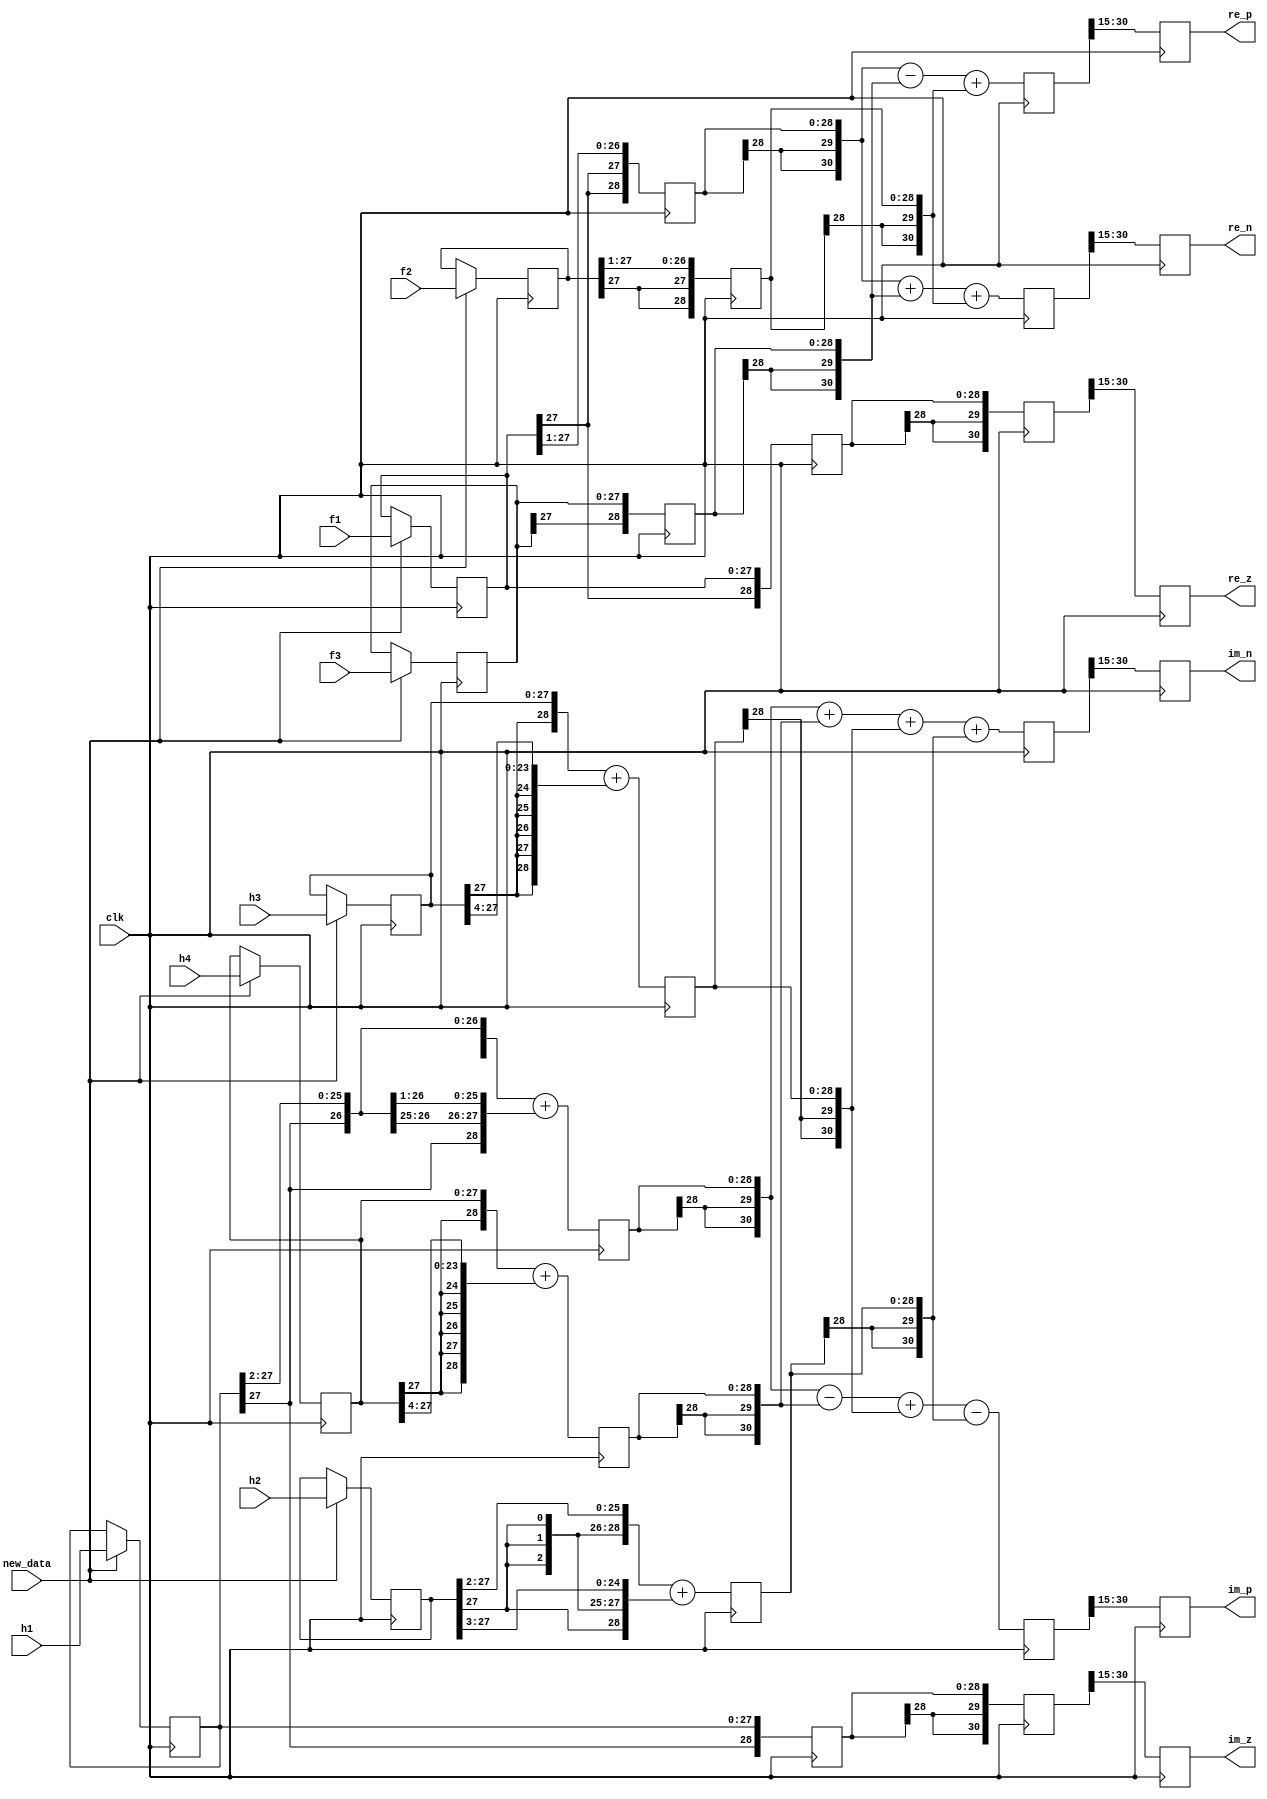
	`define WIDTH_4B 4'b1000
`define COEF0_b  29
	`define COEF1_b  101
//	`define COEF2_b  -15
//	`define COEF3_b  -235
//	`define COEF4_b  -15
	`define COEF2_b  15
	`define COEF3_b  235
	`define COEF4_b  15
	`define COEF5_b  101
	`define COEF6_b  29
	`define WIDTH_5B 5'b10000
	`define COEF0_c  4
	`define COEF1_c  42
	`define COEF2_c  163
	`define COEF3_c  255
	`define COEF4_c  163
	`define COEF5_c  42
	`define COEF6_c  4
//	`define COEF0_d  -12
//	`define COEF1_d  -77
//	`define COEF2_d  -148
	`define COEF0_d  12
	`define COEF1_d  77
	`define COEF2_d  148
	`define COEF3_d  0
	`define COEF4_d  148
	`define COEF5_d  77
	`define COEF6_d  12
	`define COEF0_1  15
//`define COEF0_1  -15
	`define COEF1_1  25
	`define COEF2_1  193
	`define COEF3_1  0
//	`define COEF4_1  -193
//	`define COEF5_1  -25
	`define COEF4_1  193
	`define COEF5_1  25
	`define COEF6_1  15
	`define COEF0_2  4
	`define COEF1_2  42
	`define COEF2_2  163
	`define COEF3_2  255
	`define COEF4_2  163
	`define COEF5_2  42
	`define COEF6_2  4
//	`define COEF0_3  -9
//	`define COEF1_3  -56
//	`define COEF2_3  -109
	`define COEF0_3  9
	`define COEF1_3  56
	`define COEF2_3  109
	`define COEF3_3  0
	`define COEF4_3  109
	`define COEF5_3  56
	`define COEF6_3  9
//	`define COEF0_4  -9
//	`define COEF1_4  -56
//	`define COEF2_4  -109
	`define COEF0_4  9
	`define COEF1_4  56
	`define COEF2_4  109
	`define COEF3_4  0
	`define COEF4_4  109
	`define COEF5_4  56
	`define COEF6_4  9

module steer_fltr (clk, new_data, f1, f2, f3, h1, h2, h3, h4, re_z, im_z, re_p, im_p, re_n, im_n);

   input clk; 
   input new_data; 
   input[27:0] f1; 
   input[27:0] f2; 
   input[27:0] f3; 
   input[27:0] h1; 
   input[27:0] h2; 
   input[27:0] h3; 
   input[27:0] h4; 
   output[15:0] re_z; 
   reg[15:0] re_z;
   output[15:0] im_z; 
   reg[15:0] im_z;
   output[15:0] re_p; 
   reg[15:0] re_p;
   output[15:0] im_p; 
   reg[15:0] im_p;
   output[15:0] re_n; 
   reg[15:0] re_n;
   output[15:0] im_n; 
   reg[15:0] im_n;

   reg[27:0] f1_reg; 
   reg[27:0] f2_reg; 
   reg[27:0] f3_reg; 
   reg[27:0] h1_reg; 
   reg[27:0] h2_reg; 
   reg[27:0] h3_reg; 
   reg[27:0] h4_reg; 
   reg[28:0] re_z_tmp_1; 
   reg[28:0] im_z_tmp_1; 
   reg[28:0] re_p_tmp_1; 
   reg[28:0] re_p_tmp_2; 
   reg[28:0] re_p_tmp_3; 
   reg[28:0] im_p_tmp_1; 
   reg[28:0] im_p_tmp_2; 
   reg[28:0] im_p_tmp_3; 
   reg[28:0] im_p_tmp_4; 
   reg[30:0] re_z_tmp; 
   reg[30:0] im_z_tmp; 
   reg[30:0] re_p_tmp; 
   reg[30:0] im_p_tmp; 
   reg[30:0] re_n_tmp; 
   reg[30:0] im_n_tmp; 

   always @(posedge clk)
   begin
         if (new_data == 1'b1)
         begin
            f1_reg <= f1 ; 
            f2_reg <= f2 ; 
            f3_reg <= f3 ; 
            h1_reg <= h1 ; 
            h2_reg <= h2 ; 
            h3_reg <= h3 ; 
            h4_reg <= h4 ; 
         end 
   end 

   always @(posedge clk)
   begin
         re_z_tmp_1 <= {f1_reg[27], f1_reg} ; 
         im_z_tmp_1 <= {h1_reg[27], h1_reg} ; 
         re_p_tmp_1 <= {f1_reg[27], f1_reg[27], f1_reg[27:1]} ; 
         re_p_tmp_2 <= {f3_reg[27], f3_reg[27:0]} ; 
         re_p_tmp_3 <= {f2_reg[27], f2_reg[27], f2_reg[27:1]} ; 
         im_p_tmp_1 <= ({h1_reg[27], h1_reg[27], h1_reg[27], h1_reg[27:2]}) + ({h1_reg[27], h1_reg[27], h1_reg[27], h1_reg[27], h1_reg[27:3]}) ; 
         im_p_tmp_2 <= ({h4_reg[27], h4_reg}) + ({h4_reg[27], h4_reg[27], h4_reg[27], h4_reg[27], h4_reg[27], h4_reg[27:4]}) ; 
         im_p_tmp_3 <= ({h3_reg[27], h3_reg}) + ({h3_reg[27], h3_reg[27], h3_reg[27], h3_reg[27], h3_reg[27], h3_reg[27:4]}) ; 
         im_p_tmp_4 <= ({h2_reg[27], h2_reg[27], h2_reg[27], h2_reg[27:2]}) + ({h2_reg[27], h2_reg[27], h2_reg[27], h2_reg[27], h2_reg[27:3]}) ; 
         re_z_tmp <= {re_z_tmp_1[28], re_z_tmp_1[28], re_z_tmp_1} ; 
         im_z_tmp <= {im_z_tmp_1[28], im_z_tmp_1[28], im_z_tmp_1} ; 
         re_p_tmp <= ({re_p_tmp_1[28], re_p_tmp_1[28], re_p_tmp_1}) - ({re_p_tmp_2[28], re_p_tmp_2[28], re_p_tmp_2}) + ({re_p_tmp_3[28], re_p_tmp_3[28], re_p_tmp_3}) ; 
         im_p_tmp <= ({im_p_tmp_1[28], im_p_tmp_1[28], im_p_tmp_1}) - ({im_p_tmp_2[28], im_p_tmp_2[28], im_p_tmp_2}) + ({im_p_tmp_3[28], im_p_tmp_3[28], im_p_tmp_3}) - ({im_p_tmp_4[28], im_p_tmp_4[28], im_p_tmp_4}) ; 
         re_n_tmp <= ({re_p_tmp_1[28], re_p_tmp_1[28], re_p_tmp_1}) + ({re_p_tmp_2[28], re_p_tmp_2[28], re_p_tmp_2}) + ({re_p_tmp_3[28], re_p_tmp_3[28], re_p_tmp_3}) ; 
         im_n_tmp <= ({im_p_tmp_1[28], im_p_tmp_1[28], im_p_tmp_1}) + ({im_p_tmp_2[28], im_p_tmp_2[28], im_p_tmp_2}) + ({im_p_tmp_3[28], im_p_tmp_3[28], im_p_tmp_3}) + ({im_p_tmp_4[28], im_p_tmp_4[28], im_p_tmp_4}) ; 
         re_z <= re_z_tmp[30:15] ; 
         im_z <= im_z_tmp[30:15] ; 
         re_p <= re_p_tmp[30:15] ; 
         im_p <= im_p_tmp[30:15] ; 
         re_n <= re_n_tmp[30:15] ; 
         im_n <= im_n_tmp[30:15] ; 
   end 
endmodule